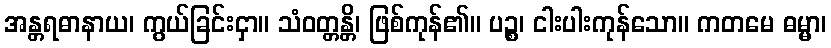
အန္တရဓာနာယ၊ ကွယ်ခြင်းငှာ။ သံဝတ္တန္တိ၊ ဖြစ်ကုန်၏။ ပဉ္စ၊ ငါးပါးကုန်သော။ ကတမေ ဓမ္မာ၊